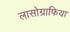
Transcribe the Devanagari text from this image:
लासोग्राफिया